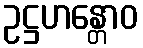
ဥဋ္ဌဟန္တောဝ